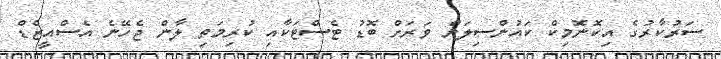
ސަރުކާރުގެ އިކޮނޮމިކް ކައުންސިލަށް ވަރަށް ބޮޑު ޓެސްޓަކާއި ކުރިމަތި ލާން ޖެހޭނެ އެސްއީޒެޑް